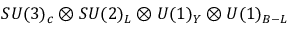
S U ( 3 ) _ { c } \otimes S U ( 2 ) _ { L } \otimes U ( 1 ) _ { Y } \otimes U ( 1 ) _ { B - L }